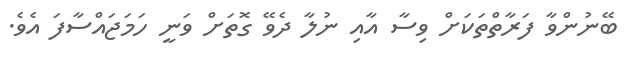
ބޭނުންވާ ފަރާތްތަކަށް ވިސާ އާއި ނުލާ ދެވޭ ގޮތަށް ވަނީ ހަމަޖައްސާފަ އެވެ.